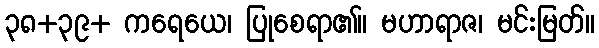
၃၈+၃၉+ ကရေယေ၊ ပြုစေရာ၏။ မဟာရာဇ၊ မင်းမြတ်။